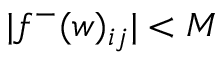
| f ^ { - } ( w ) _ { i j } | < M